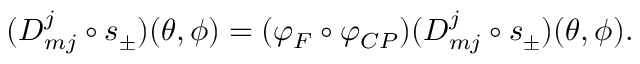
( D _ { m j } ^ { j } \circ s _ { \pm } ) ( \theta , \phi ) = ( \varphi _ { F } \circ \varphi _ { C P } ) ( D _ { m j } ^ { j } \circ s _ { \pm } ) ( \theta , \phi ) .